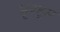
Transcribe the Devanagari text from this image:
भृग्ह्र्म